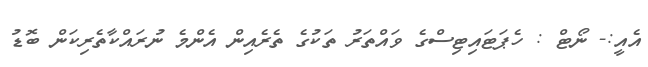
އެއީ:- ނޯޓް : ހެޕަޓައިޓިސްގެ ވައްތަރު ތަކުގެ ތެރެއިން އެންމެ ނުރައްކާތެރިކަން ބޮޑު